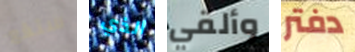
ستقع الذي وألقي دفتر